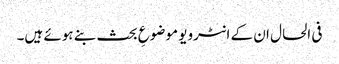
فی الحال ان کے انٹرویو موضوعِ بحث بنے ہوئے ہیں۔